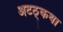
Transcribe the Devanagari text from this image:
अटठ्कथा